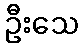
ဦးသေ